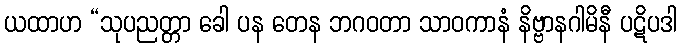
ယထာဟ “သုပညတ္တာ ခေါ ပန တေန ဘဂဝတာ သာဝကာနံ နိဗ္ဗာနဂါမိနီ ပဋိပဒါ